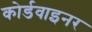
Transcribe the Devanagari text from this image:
कोर्डवाइनर